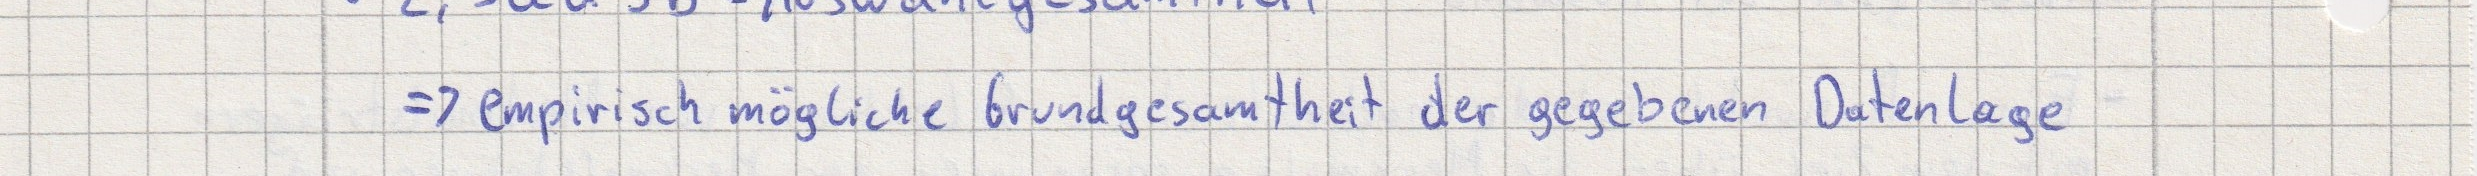
=> empirisch mögliche Grundgesamtheit der gegebenen Datenlage